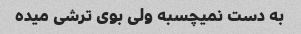
به دست نمیچسبه ولی بوی ترشی میده